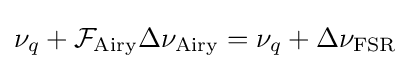
\nu _{q}+{\mathcal {F}}_{\rm {Airy}}\Delta \nu _{\rm {Airy}}=\nu _{q}+\Delta \nu _{\rm {FSR}}